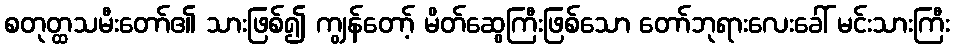
စတုတ္ထသမီးတော်၏ သားဖြစ်၍ ကျွန်တော့် မိတ်ဆွေကြီးဖြစ်သော တော်ဘုရားလေးခေါ် မင်းသားကြီး